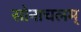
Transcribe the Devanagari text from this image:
सोनाचलम्